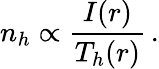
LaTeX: n_{h}\propto\frac{I(r)}{T_{h}(r)}\, .